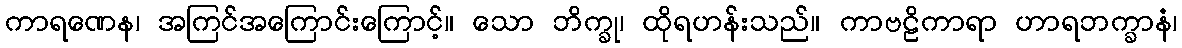
ကာရဏေန၊ အကြင်အကြောင်းကြောင့်။ သော ဘိက္ခု၊ ထိုရဟန်းသည်။ ကာဗဠိကာရာ ဟာရဘက္ခာနံ၊